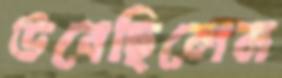
উবেছিলেন